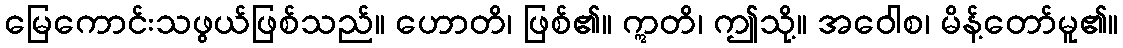
မြေကောင်းသဖွယ်ဖြစ်သည်။ ဟောတိ၊ ဖြစ်၏။ ဣတိ၊ ဤသို့။ အဝေါစ၊ မိန့်တော်မူ၏။